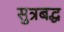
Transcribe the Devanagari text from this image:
सुत्रबद्ध